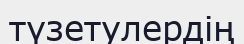
түзетулердің